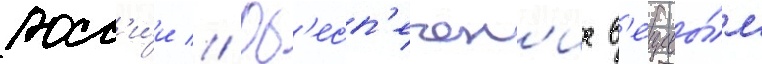
росс'и́и // Об'есп'ечен'ие в'ещевы́м